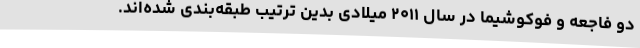
دو فاجعه و فوکوشیما در سال ۲۰۱۱ میلادی بدین ترتیب طبقه‌بندی شده‌اند.